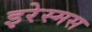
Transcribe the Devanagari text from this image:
इरेस्मस